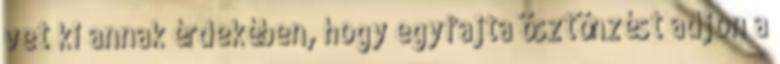
vet ki annak érdekében, hogy egyfajta ösztönzést adjon a